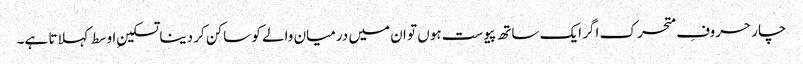
چار حروفِ متحرک اگر ایک ساتھ پیوست ہوں تو ان میں درمیان والے کو ساکن کر دینا تسکینِ اوسط کہلاتا ہے۔